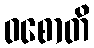
ဝစောတိ